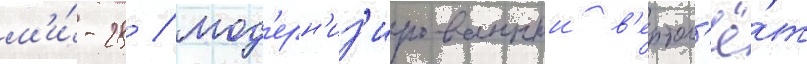
м'и́-28 / мод'ерн'из'ированныи в'ертол'ё́т